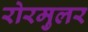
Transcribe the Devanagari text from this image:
रोरमुलर